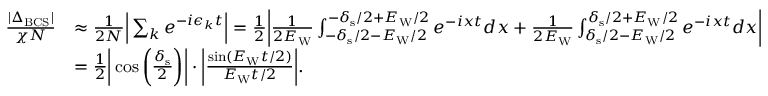
\begin{array} { r l } { \frac { | \Delta _ { \mathrm { B C S } } | } { \chi N } } & { \approx \frac { 1 } { 2 N } \Big | \sum _ { k } e ^ { - i \epsilon _ { k } t } \Big | = \frac { 1 } { 2 } \bigg | \frac { 1 } { 2 E _ { \mathrm { W } } } \int _ { - \delta _ { \mathrm { s } } / 2 - E _ { \mathrm { W } } / 2 } ^ { - \delta _ { \mathrm { s } } / 2 + E _ { \mathrm { W } } / 2 } e ^ { - i x t } d x + \frac { 1 } { 2 E _ { \mathrm { W } } } \int _ { \delta _ { \mathrm { s } } / 2 - E _ { \mathrm { W } } / 2 } ^ { \delta _ { \mathrm { s } } / 2 + E _ { \mathrm { W } } / 2 } e ^ { - i x t } d x \bigg | } \\ & { = \frac { 1 } { 2 } \bigg | \cos \bigg ( \frac { \delta _ { \mathrm { s } } } { 2 } \bigg ) \bigg | \cdot \bigg | \frac { \sin ( E _ { \mathrm { W } } t / 2 ) } { E _ { \mathrm { W } } t / 2 } \bigg | . } \end{array}